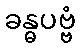
ခန္ဓပဗ္ဗံ